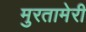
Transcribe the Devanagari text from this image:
मुरतामेरी